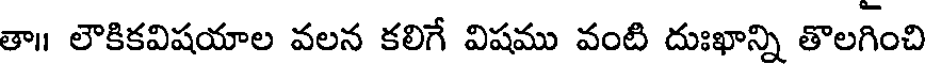
తా లౌకికవిషయాల వలన కలిగే విషము వంటి దుఃఖాన్ని తొలగించి